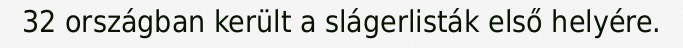
32 országban került a slágerlisták első helyére.